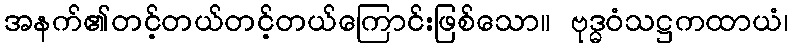
အနက်၏တင့်တယ်တင့်တယ်ကြောင်းဖြစ်သော။ ဗုဒ္ဓဝံသဋ္ဌကထာယံ၊